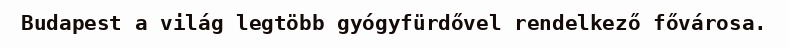
Budapest a világ legtöbb gyógyfürdővel rendelkező fővárosa.